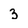
Character: 3